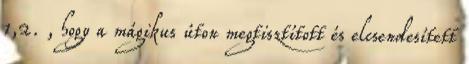
1,2. , hogy a mágikus úton megtisztított és elcsendesített